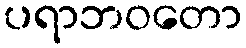
ပရာဘဝတော